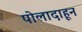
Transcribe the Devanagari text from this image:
पोलादाहून